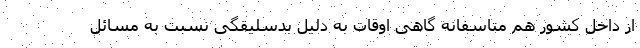
از داخل کشور هم متاسفانه گاهی اوقات به دلیل بدسلیقگی نسبت به مسائل